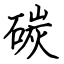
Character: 碳